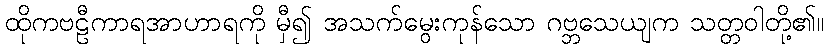
ထိုကဗဠီကာရအာဟာရကို မှီ၍ အသက်မွေးကုန်သော ဂဗ္ဘသေယျက သတ္တဝါတို့၏။